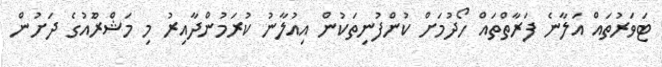
ޓަވަރުތައް އަލާނެ ފަރާތްތައް ހޯދުމަށް ކުންފުނިތަކުން އިއުލާނު ކުރަމުންދާއިރު މި މަޝްރޫެއުގެ ދަށުން